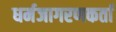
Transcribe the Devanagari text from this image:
धर्मजागरणकर्ता